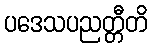
ပဒေသပညတ္တီတိ